画像に写った文字を読んでください
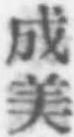
「成美」と書いてあります